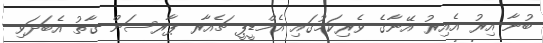
ބުނާ އިރު އެއިރު އޭނާގެ ވެރިކަމުގައި އެމްޑީޕީ ޗެއާރ ޕާރސަން ގާތު އެބަދަވި